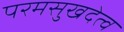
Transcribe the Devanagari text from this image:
परमसुखदेत्व